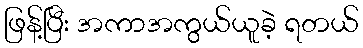
ဖြန့်ပြီး အကာအကွယ်ယူခဲ့ ရတယ်